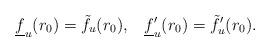
LaTeX: \begin{align*}\underline{f}_u (r_0) = \tilde{f}_u (r_0), \;\; \; \underline{f}_u'(r_0) = \tilde{f}_u'(r_0).\end{align*}